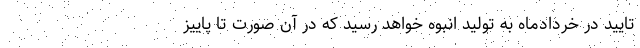
تایید در خردادماه به تولید انبوه خواهد رسید که در آن صورت تا پاییز